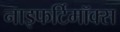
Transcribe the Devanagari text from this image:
नाइफर्टिमॉक्स